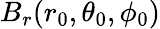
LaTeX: B_{r}(r_{0},\theta_{0},\phi_{0})